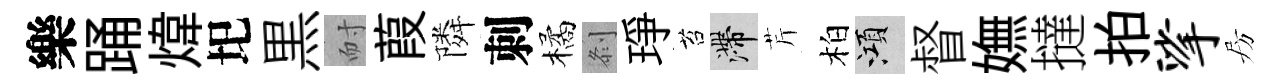
樂踊煒圯黒耐葭隣刺橘𠛴琤苔滯芹柏澒督嫵撻拍挲房